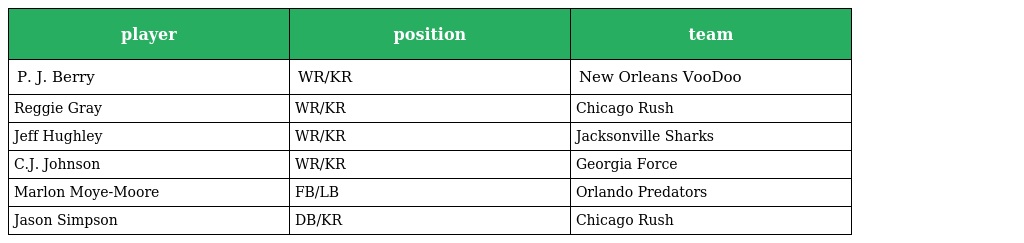
| player | position | team |
 | --- | --- | --- |
 | P. J. Berry | WR/KR | New Orleans VooDoo |
 | Reggie Gray | WR/KR | Chicago Rush |
 | Jeff Hughley | WR/KR | Jacksonville Sharks |
 | C.J. Johnson | WR/KR | Georgia Force |
 | Marlon Moye-Moore | FB/LB | Orlando Predators |
 | Jason Simpson | DB/KR | Chicago Rush |